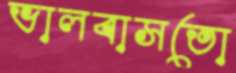
ভালবাসতো